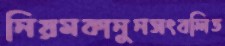
নিয়মকানুনসংবলিত